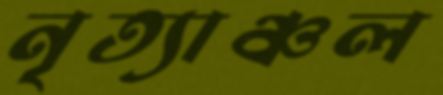
নৃত্যাঞ্চল